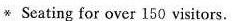
* Seating for over 150 visitors.